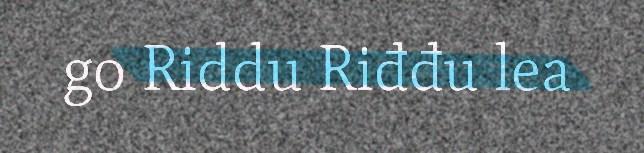
go Riddu Riđđu lea